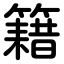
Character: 籍